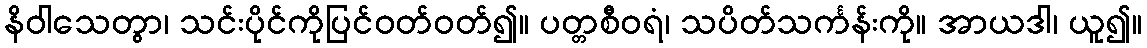
နိဝါသေတွာ၊ သင်းပိုင်ကိုပြင်ဝတ်ဝတ်၍။ ပတ္တစီဝရံ၊ သပိတ်သင်္ကန်းကို။ အာယဒါ၊ ယူ၍။